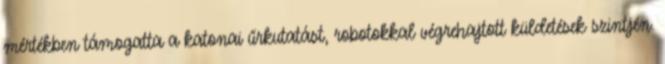
mértékben támogatta a katonai űrkutatást, robotokkal végrehajtott küldetések szintjén.